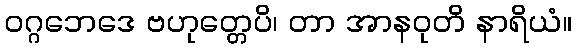
ဝဂ္ဂဘေဒေ ဗဟုတ္တေပိ၊ တာ အာနဝုတိ နာရိယံ။